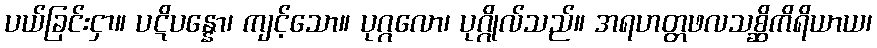
ပယ်ခြင်းငှာ။ ပဋိပန္နော၊ ကျင့်သော။ ပုဂ္ဂလော၊ ပုဂ္ဂိုလ်သည်။ အရဟတ္တဖလသစ္ဆိကိရိယာယ၊